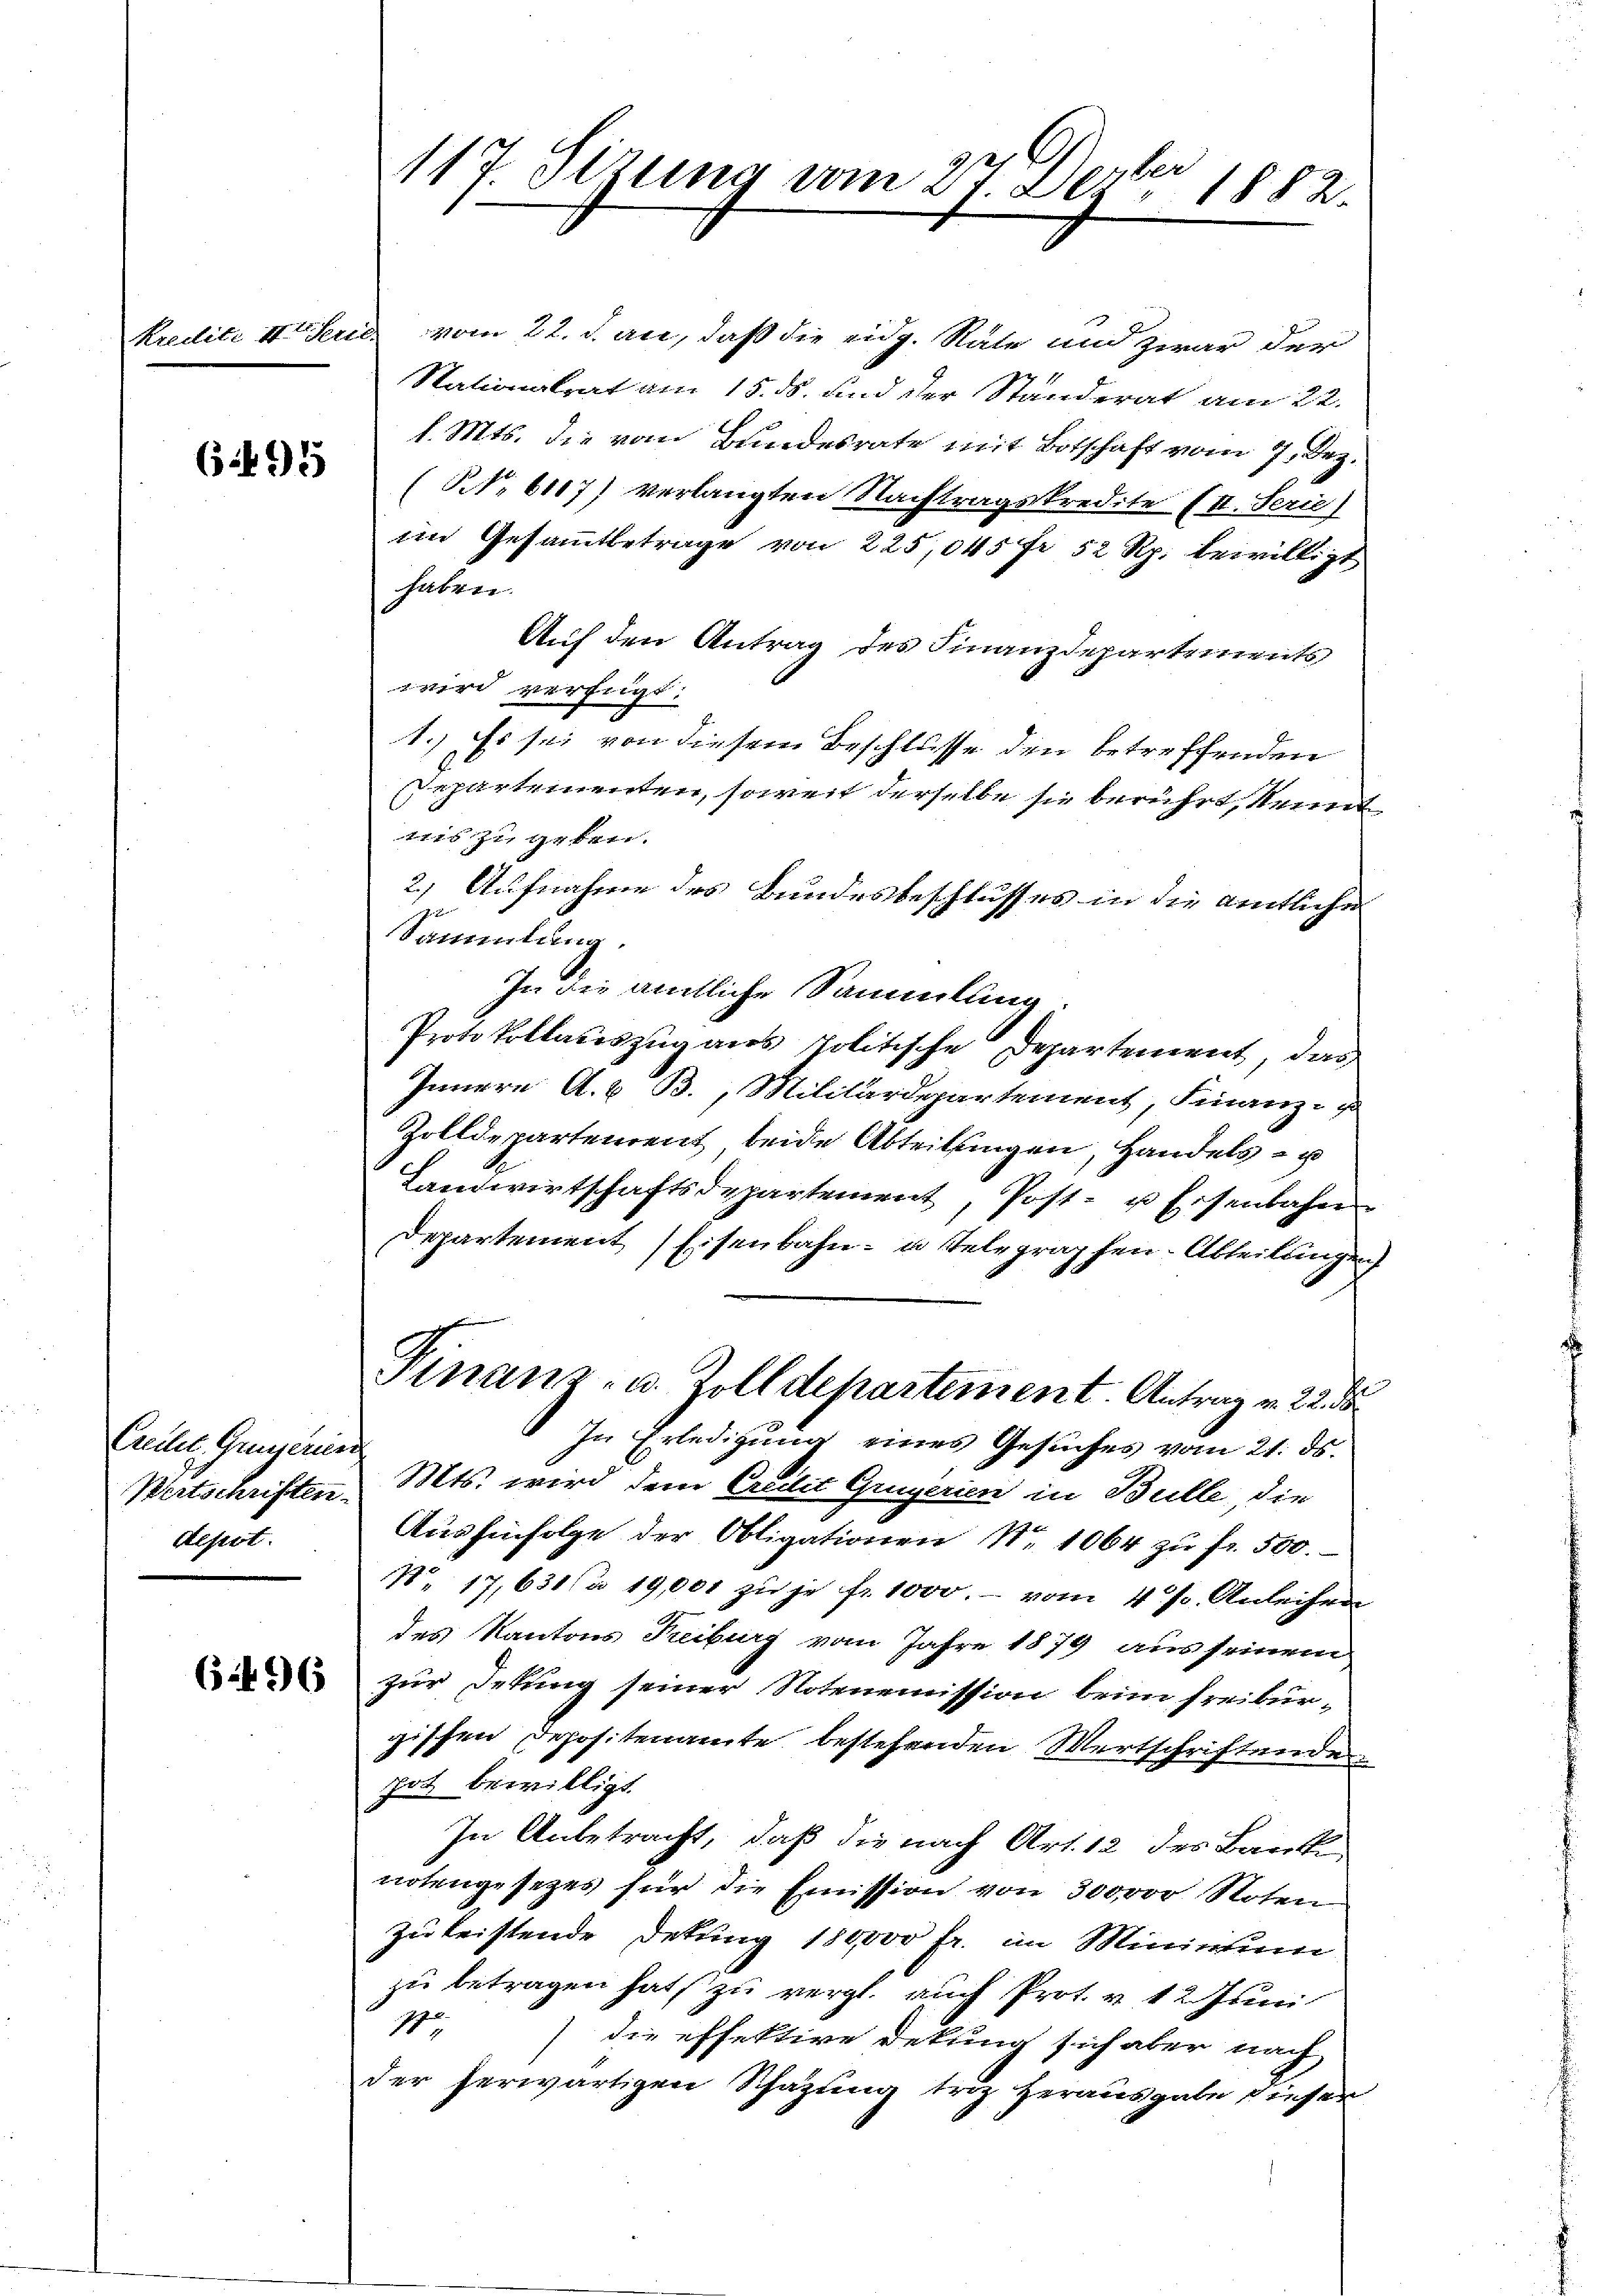
Kredite II. Serie

652) 3

Creitet. Grunerien
Bertschriften.
Alpst.

65. 65

G
e
117. Sitzung vom 27. Dez. 1882.

vom 22. d. an, daß die eidg. Räte und zwar der
Stationalrat am 15. S. und der Standerat am 22.
l. Mts. die vom Bundesrate mit Botschaft vom 7. Dez.
(S. 6117) verlangten Nachtragskredite (II. Serie)
im Gesammtbetrage von 225,045 Fr. 52 Rp. beiwilligt
haben.
Auf den Antrag des Finanzdepartements
zi verfügt.
1.) Es sei von diesem Beschlusse den betreffenden
Departementen, soweit derselbe sie berührt, kannt
116 zu geben.
2) Aufnahme des Bundesbeschlusses in die amtlichen
1
Sammlung.
In die amtliche Sammlung
Protokollauszug aus Politische Departement, das
Innern A. B. Militärdepartement, Finanz-
Zolldepartement, beide Abteilungen, Handels- u
Landwirtschaftsdepartement, Post- u Eisenbahn
departement Eisenbahn- u. Telegraphen-Abteillingen
Finanz- u. Zolldepartement. Antrag v. 22. d
In Erledigung eines Gesuches vom 21. ds.
Mts. wird dem Crilii Gugerien in Bulle, die
Aushinfolge der Obligationen N. 1064 zu fr. 500.
No. 17, 631  19,001 zu je fr. 1000. vom 4 p. Anleihen
des Kantons Freiburg vom Jahre 1879 aus seinem
zur Detung seiner Notenemission beim Freiburgischen Depositenamte bestehenden Wertschriftende
pot bewilligt.
In Anbetracht, daß die nach Art. 12 des Barck
notengesezes für die Emission von 300000 Roten
zu leistende Detung 180000 Fr. im Ministum
zu betragen hat, zu vergl. auch Prot. v. 12 Juni
s
die effektive Detung sich aber nach
der herwärtigen Schazung trag herausgabe diesen